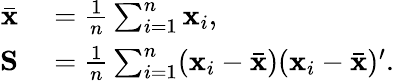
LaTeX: \begin{array}{rl}{{\bar{\mathbf{x}}}}&{{}={\frac{1}{n}}\sum_{i=1}^{n}\mathbf{x}_{i},}\\ {\mathbf{S}}&{{}={\frac{1}{n}}\sum_{i=1}^{n}(\mathbf{x}_{i}-{\bar{\mathbf{x}}})(\mathbf{x}_{i}-{\bar{\mathbf{x}}})^{\prime}.}\end{array}